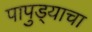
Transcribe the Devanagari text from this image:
पापुड्याचा